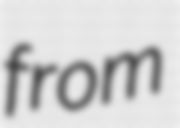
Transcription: from